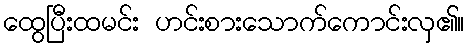
ထွေပြီးထမင်း ဟင်းစားသောက်ကောင်းလှ၏။